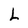
Character: L